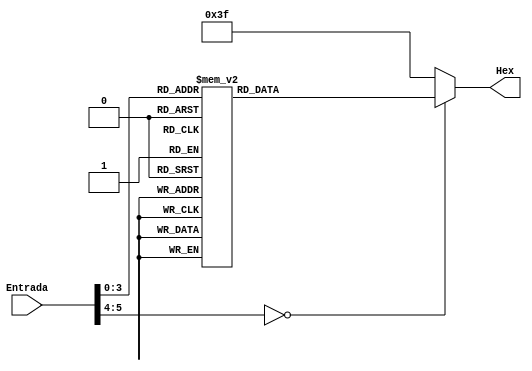
module display (Entrada, Hex);
// I/O list
input wire[5:0] Entrada;
output reg [6:0] Hex;
// Digits and symbols as parameters
localparam menos  = 7'b0111111; //3F
localparam zero   = 7'b1000000; //40
localparam um 	   = 7'b1111001; //79
localparam dois   = 7'b0100100; //24
localparam tres 	= 7'b0110000; //30
localparam quatro = 7'b0011001; //19
localparam cinco  = 7'b0010010; //12
localparam seis 	= 7'b0000010; //02
localparam sete 	= 7'b1111000; //78
localparam oito 	= 7'b0000000; //00
localparam nove 	= 7'b0011000; //18
localparam A 	= 7'b0001000;    //08
localparam B 	= 7'b0000011;    //03
localparam C 	= 7'b1000110;    //46
localparam D 	= 7'b0100001;    //21
localparam E 	= 7'b0000110;    //06
localparam F 	= 7'b0001110;    //0E

always @ (Entrada) 
	case (Entrada)
	  // Positive values 
          6'b000000: Hex <= zero;
          6'b000001: Hex <= um;
          6'b000010: Hex <= dois;
          6'b000011: Hex <= tres;
          6'b000100: Hex <= quatro;
          6'b000101: Hex <= cinco;
          6'b000110: Hex <= seis;
          6'b000111: Hex <= sete;
          6'b001000: Hex <= oito;
          6'b001001: Hex <= nove;
          6'b001010: Hex <=  A;
          6'b001011: Hex <=  B;
          6'b001100: Hex <=  C;
          6'b001101: Hex <=  D;
          6'b001110: Hex <=  E;
          6'b001111: Hex <=  F;
          default:   Hex <=  menos;
        endcase
endmodule